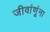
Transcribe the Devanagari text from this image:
जीवांणूंना